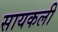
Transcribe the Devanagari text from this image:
सायकली